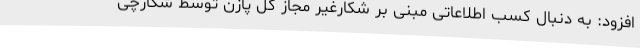
افزود: به دنبال کسب اطلاعاتی مبنی بر شکارغیر مجاز کل پازن توسط شکارچی